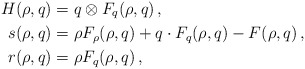
\begin{align*} H(\rho , q) &= q\otimes F_q(\rho,q)\, ,\\ s(\rho , q) & = \rho F_\rho(\rho,q) + q\cdot F_q(\rho,q) - F(\rho,q)\, ,\\ r(\rho , q) & = \rho F_q(\rho,q)\, ,\end{align*}